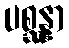
ပစ္ဆန္နာ